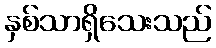
နှစ်သာရှိသေးသည်